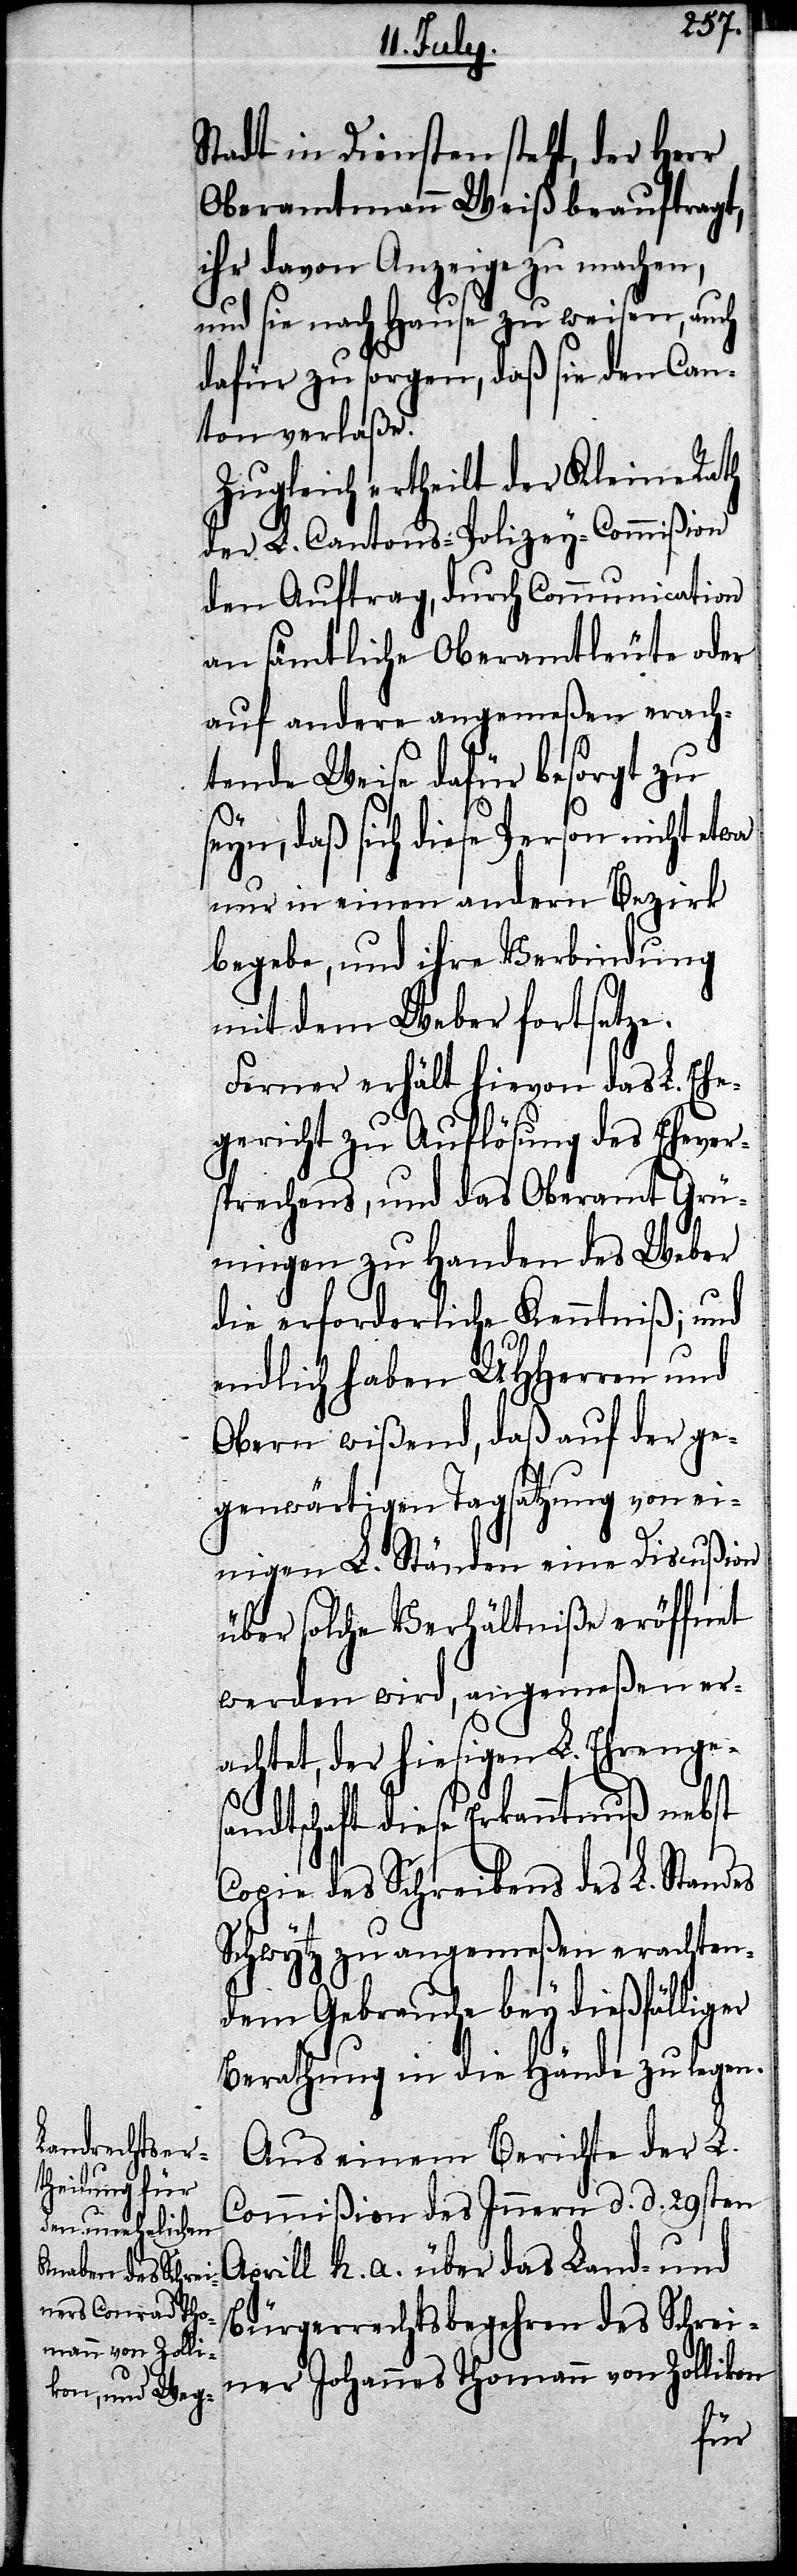
Stadt in Diensten steht, der Herr
Oberamtmann Weiß beauftragt,
ihr davon Anzeige zu machen,
und sie nach Hause zu weisen, auch
dafür zu sorgen, daß sie den Can¬
ton verlaße.
Zugleich ertheilt der Kleine Rath
der L. Cantons-Polizey-Commißion
den Auftrag, durch Communication
an sämtliche Oberamtleute oder
auf andere angemeßen erach¬
tende Weise dafür besorgt zu
seyn, daß sich diese Person nicht etwa
nur in einen andern Bezirk
begebe, und ihre Verbindung
mit dem Weber fortsetze.
Ferner erhält hievon das L. Ehe¬
gericht zu Auflösung des Ehever¬
sprechens, und das Oberamt Grü¬
ningen zu Handen des Weber
die erforderliche Kenntniß; und
endlich haben UHHerren und
Obern wißend, daß auf der ge¬
genwärtigen Tagsatzung von ei¬
nigen L. Ständen eine Discußion
über solche Verhältniße eröffnet
werden wird, angemeßen er¬
achtet, der hiesigen L. Ehrenge¬
sandtschaft diese Erkanntnuß nebst
Copie des Schreibens des L. Standes
Schwytz zu angemeßen erachten¬
dem Gebrauche bey dießfälliger
Berathung in die Hände zu legen.
Aus einem Berichte der L.
Commißion des Innern d. d. 29sten
Aprill h. a. über das Land- und
Bürgerrechtsbegehren des Schrei¬
ner Johannes Thomann von Zollikon